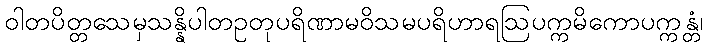
ဝါတပိတ္တသေမှသန္နိပါတဥတုပရိဏာမဝိသမပရိဟာရဩပက္ကမိကောပက္ကန္တံ၊